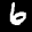
Label: 6